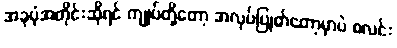
အခုပုံအတိုင်းဆိုရင် ကျုပ်တို့တော့ အလုပ်ပြုတ်တော့မှာပဲ စလင်း